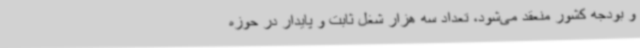
و بودجه کشور منعقد می‌شود، تعداد سه هزار شغل ثابت و پایدار در حوزه